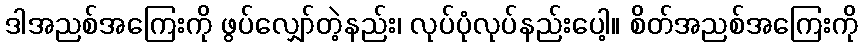
ဒါအညစ်အကြေးကို ဖွပ်လျှော်တဲ့နည်း၊ လုပ်ပုံလုပ်နည်းပေါ့။ စိတ်အညစ်အကြေးကို